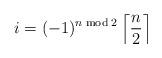
LaTeX: \begin{align*}i= (-1)^{n \bmod 2} \left\lceil \frac{n}{2} \right\rceil\end{align*}